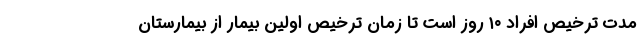
مدت ترخیص افراد ۱۰ روز است تا زمان ترخیص اولین بیمار از بیمارستان